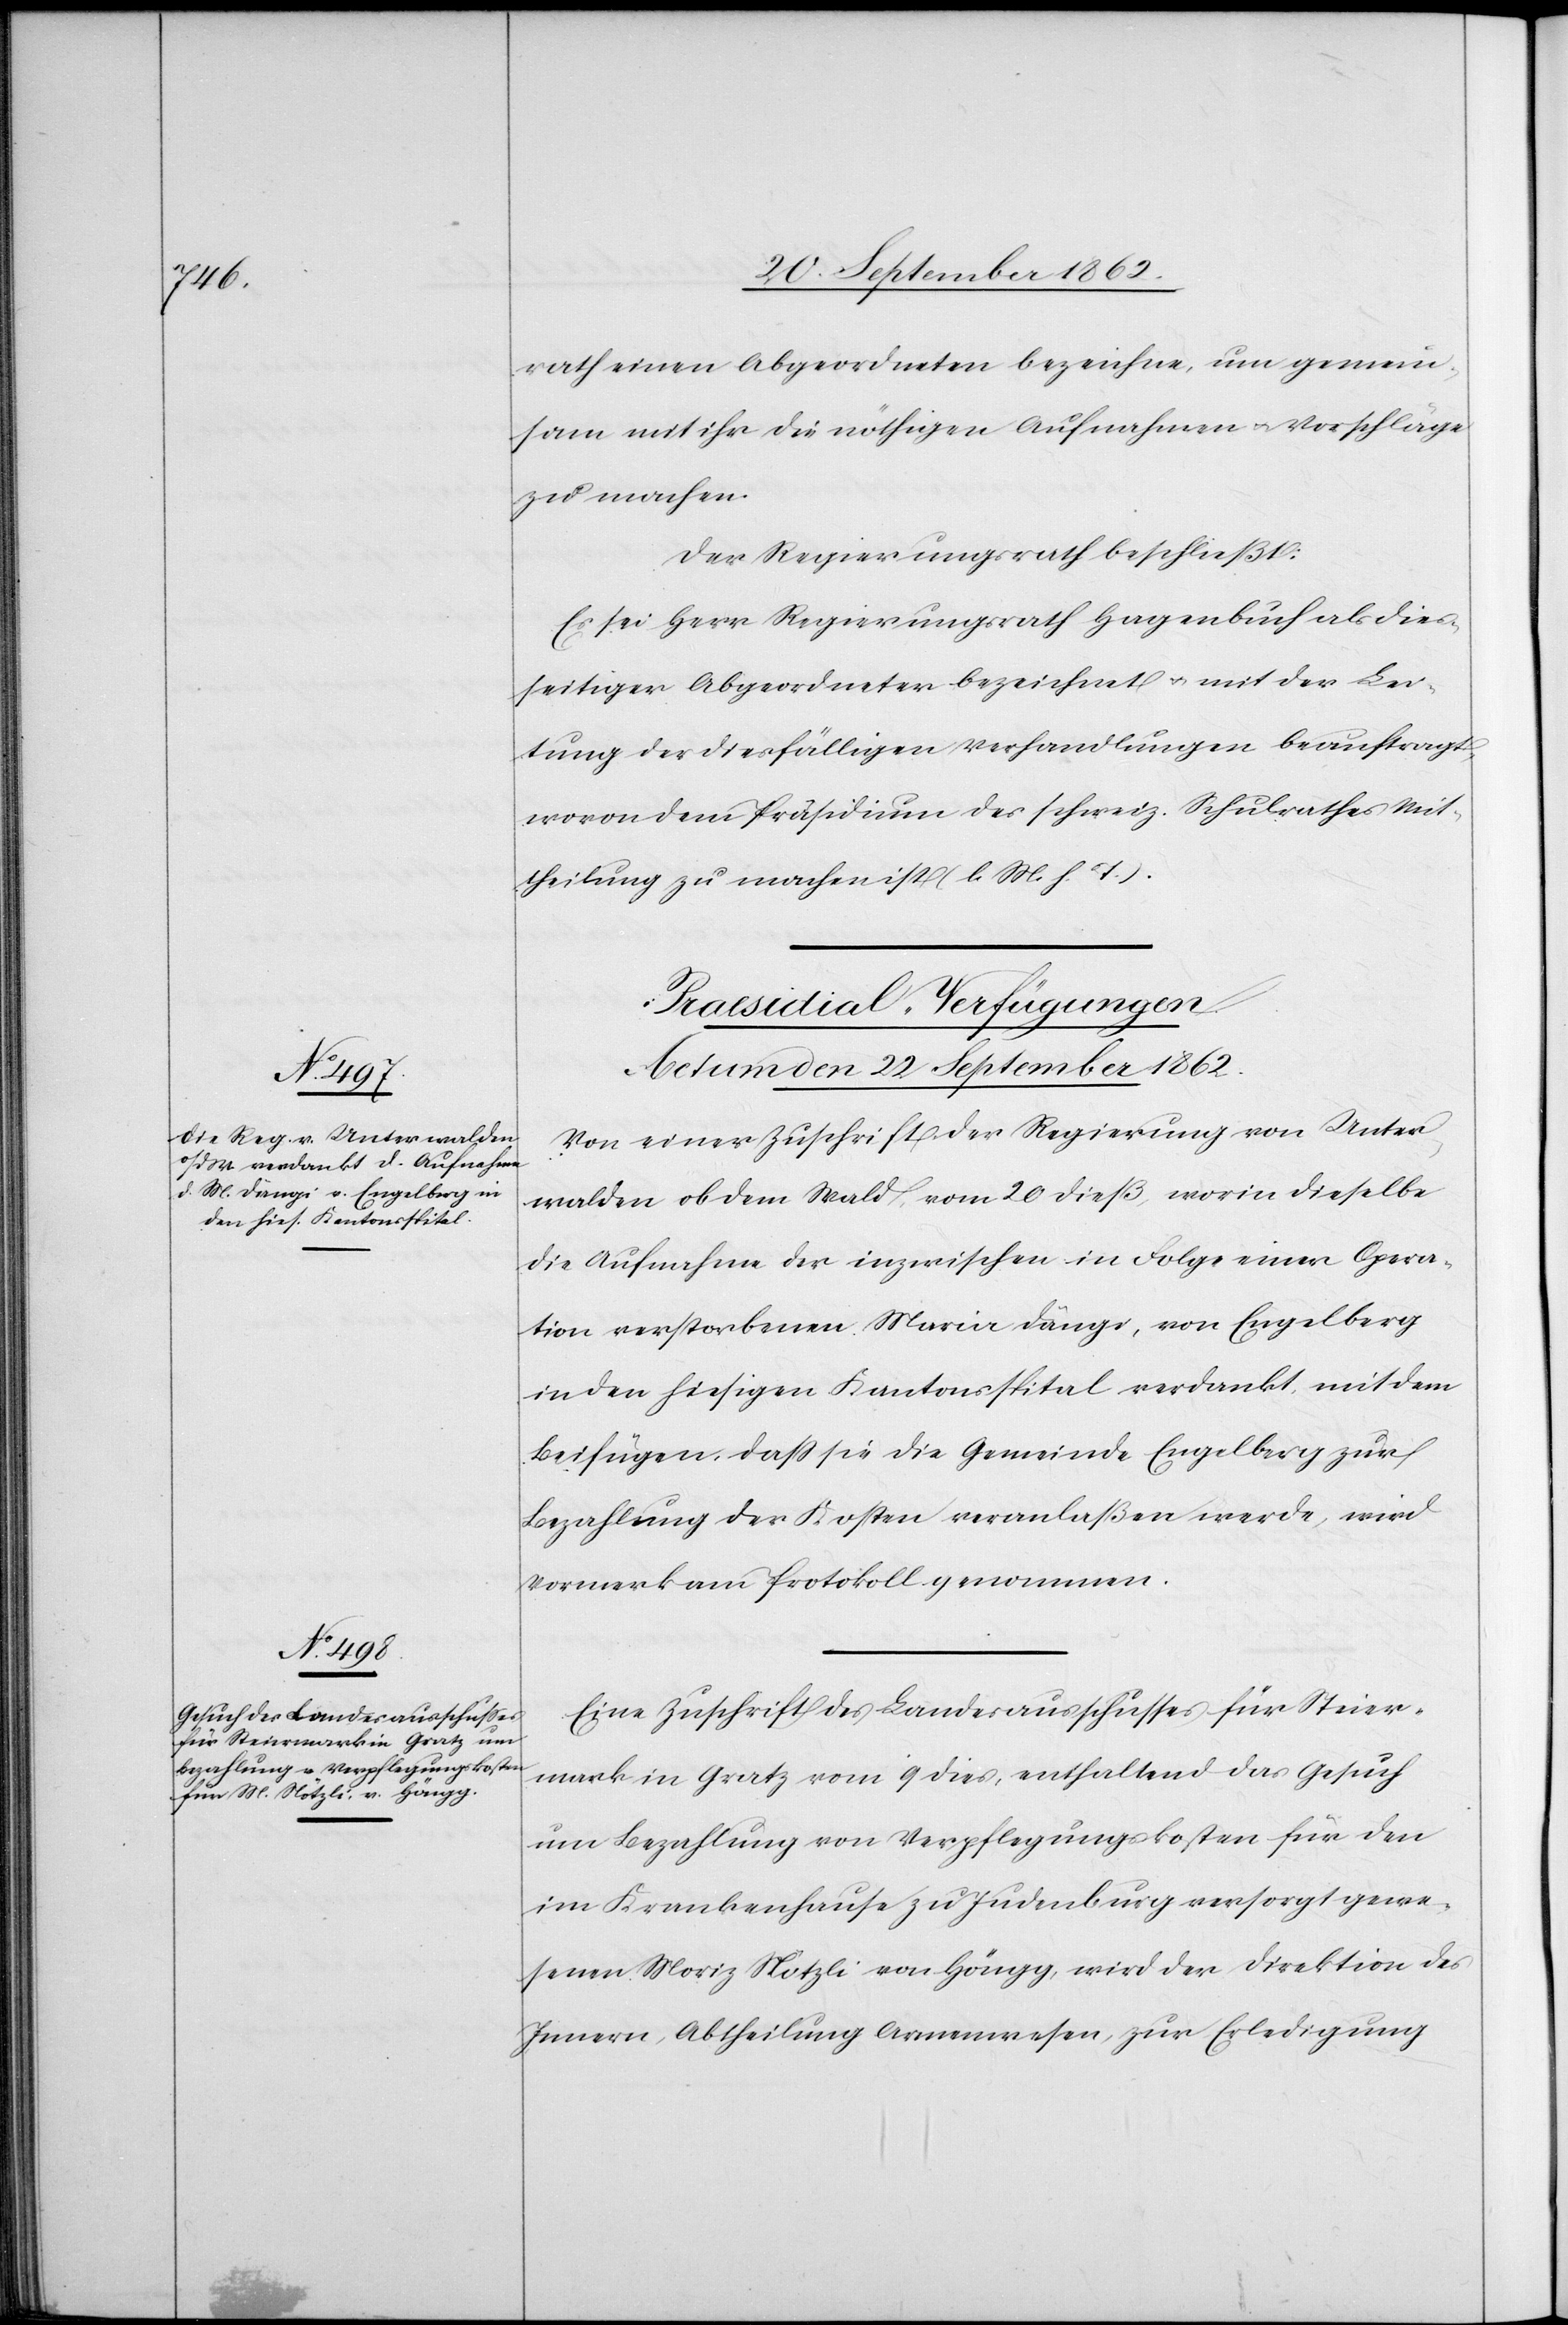
rath einen Abgeordneten bezeichne, um gemein¬
sam mit ihr die nöthigen Aufnahmen u. Vorschläge
zu machen.
Der Regierungsrath beschleißt:
Es sei Herr Regierungsrath Hagenbuch als die¬
seitiger Abgeordneter bezeichnet u. mit der Lei¬
tung der diesfälligen Verhandlungen beauftragt,
wovon dem Präsidium des schweiz. Schulrathes Mit¬
theilung zu machen ist (l. M. h. T.).
[Praesidial-Verfügungen.
Actum den 22. September 1862.]
Von einer Zuschrift der Regierung von Unter¬
walden ob dem Wald, vom 20. dieß, worin dieselbe
die Aufnahme der inzwischen in Folge einer Opera¬
tion verstorbenen Maria Dängi, von Engelberg
in den hiesigen Kantonsspital verdankt, mit dem
Beifügen, daß sie die Gemeinde Engelberg zur
Bezahlung der Kosten veranlaßen werde, wird
Vormerk am Protokoll genommen.
Eine Zuschrift des Landesausschusses für Steier¬
mark in Gratz vom 9. dies, enthaltend das Gesuch
um Bezahlung von Verpflegungskosten für den
im Krankenhause zu Judenburg versorgt gewe¬
senen Moriz Nötzli von Höngg, wird der Direktion des
Innern, Abtheilung Armenwesen, zur Erledigung